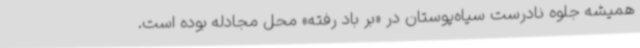
همیشه جلوه نادرست سیاه‌پوستان در «بر باد رفته» محل مجادله بوده است.